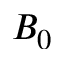
B _ { 0 }